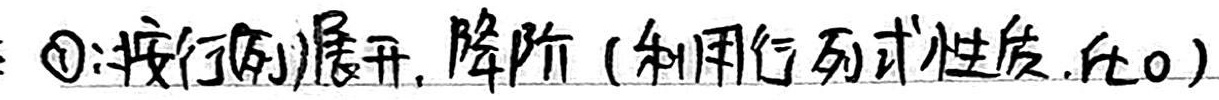
\textcircled{1}：按行(列)展开，降阶（利用行列式性质，化0）